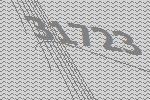
31723